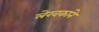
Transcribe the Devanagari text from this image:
लेखकांने